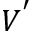
V ^ { ' }